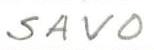
SAVO